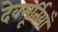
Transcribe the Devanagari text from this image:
देवमूर्तियाँ